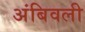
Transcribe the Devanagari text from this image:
अंबिवली